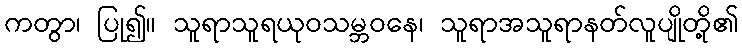
ကတွာ၊ ပြု၍။ သူရာသူရယုဝသမ္ဘဝနေ၊ သူရာအသူရာနတ်လူပျိုတို့၏